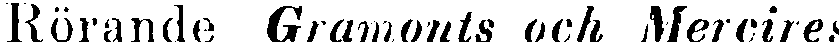
Rörande Gramonts och Mercires